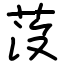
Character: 莈